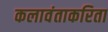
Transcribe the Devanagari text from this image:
कलावंताकरिता